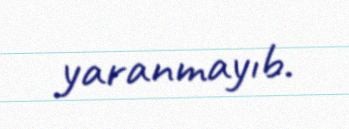
yaranmayıb.